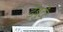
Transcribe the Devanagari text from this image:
डेबुटेंट